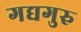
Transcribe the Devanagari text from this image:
गद्यगुरु